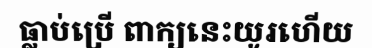
ធ្លាប់ប្រើ ពាក្យនេះយូរហើយ